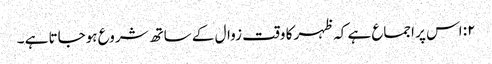
۲: اس پر اجماع ہے کہ ظہر کا وقت زوال کے ساتھ شروع ہوجاتا ہے ۔